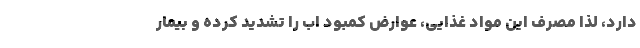
دارد، لذا مصرف این مواد غذایی، عوارض کمبود اب را تشدید کرده و بیمار